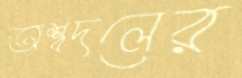
অশ্বদলের